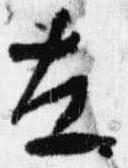
在